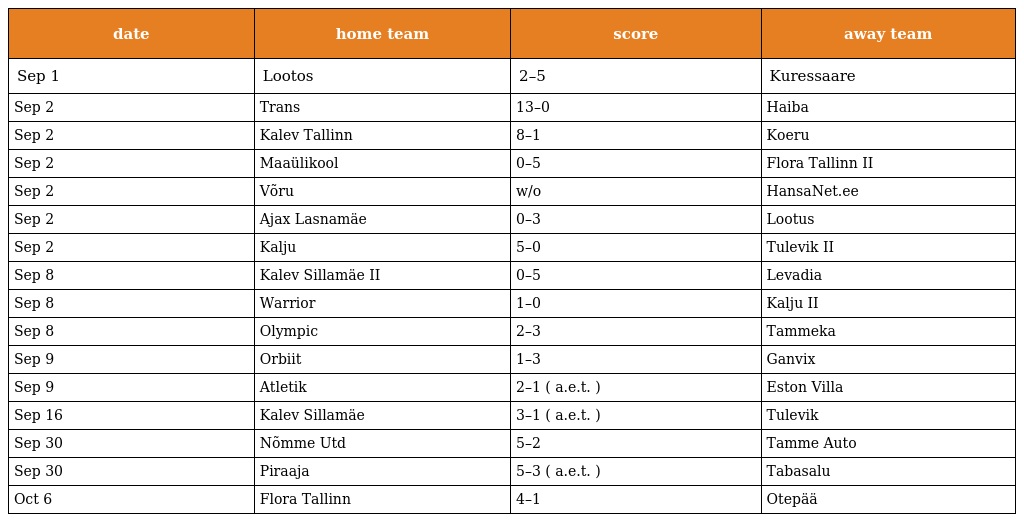
| date | home team | score | away team |
 | --- | --- | --- | --- |
 | Sep 1 | Lootos | 2–5 | Kuressaare |
 | Sep 2 | Trans | 13–0 | Haiba |
 | Sep 2 | Kalev Tallinn | 8–1 | Koeru |
 | Sep 2 | Maaülikool | 0–5 | Flora Tallinn II |
 | Sep 2 | Võru | w/o | HansaNet.ee |
 | Sep 2 | Ajax Lasnamäe | 0–3 | Lootus |
 | Sep 2 | Kalju | 5–0 | Tulevik II |
 | Sep 8 | Kalev Sillamäe II | 0–5 | Levadia |
 | Sep 8 | Warrior | 1–0 | Kalju II |
 | Sep 8 | Olympic | 2–3 | Tammeka |
 | Sep 9 | Orbiit | 1–3 | Ganvix |
 | Sep 9 | Atletik | 2–1 ( a.e.t. ) | Eston Villa |
 | Sep 16 | Kalev Sillamäe | 3–1 ( a.e.t. ) | Tulevik |
 | Sep 30 | Nõmme Utd | 5–2 | Tamme Auto |
 | Sep 30 | Piraaja | 5–3 ( a.e.t. ) | Tabasalu |
 | Oct 6 | Flora Tallinn | 4–1 | Otepää |